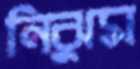
নিঝুম